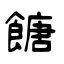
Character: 餹